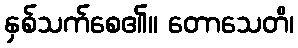
နှစ်သက်စေ၏။ တောသေတိ၊